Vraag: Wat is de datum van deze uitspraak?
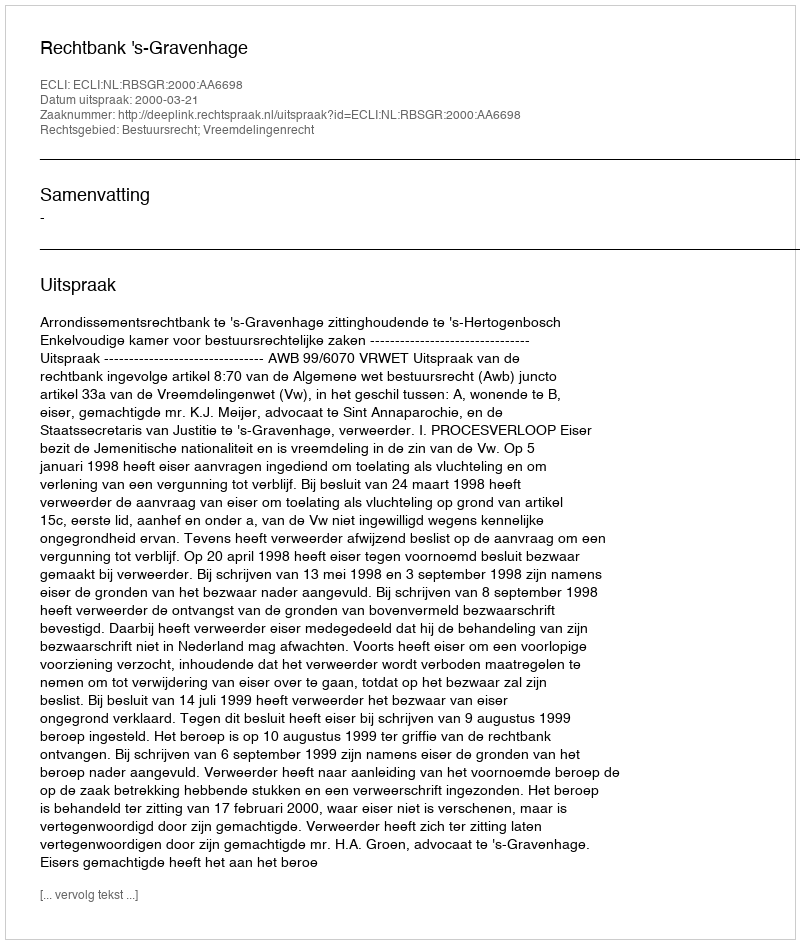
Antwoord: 2000-03-21